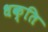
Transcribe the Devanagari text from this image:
धक्ति